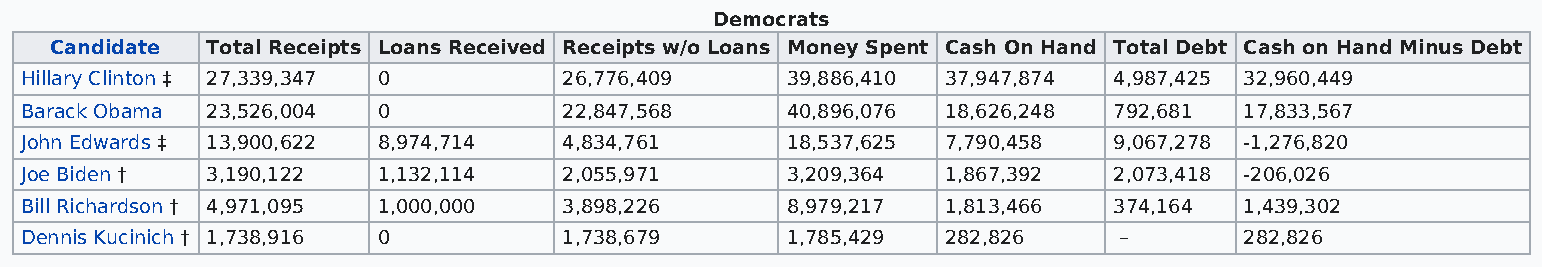
Democrats
 Candidate  Total Receipts Loans Received Receipts w/o Loans Money Spent Cash On Hand Total Debt Cash on Hand Minus Debt
 Hillary Clinton ‡ 27,339,347 0      26,776,409     39,886,410 37,947,874 4,987,425 32,960,449
 Barack Obama 23,526,004 0           22,847,568     40,896,076 18,626,248 792,681 17,833,567
 John Edwards ‡ 13,900,622 8,974,714 4,834,761      18,537,625 7,790,458  9,067,278 -1,276,820
 Joe Biden †  3,190,122  1,132,114   2,055,971      3,209,364  1,867,392  2,073,418 -206,026
 Bill Richardson † 4,971,095 1,000,000 3,898,226    8,979,217  1,813,466  374,164 1,439,302
 Dennis Kucinich † 1,738,916 0       1,738,679      1,785,429  282,826    –       282,826